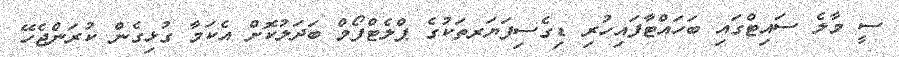
ސީ މާލެ ސައިޓްގައި ބަހައްޓާފައިހުރި ޑިގެސިފަޔަރތަކުގެ ޕްލެޓްފޯމް ބަދަލުކޮށް އެކަމާ ގުޅިގެން ކުރަންޖެހޭ